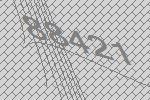
88421